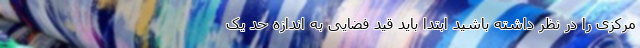
مرکزی را در نظر داشته باشید ابتدا باید قید فضایی به اندازه حد یک